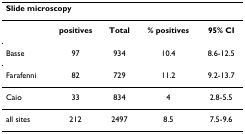
| <COLSPAN=5> Slide microscopy |
 | --- | --- | --- | --- | --- |
 |  | positives | Total | % positives | 95% CI |
 | Basse | 97 | 934 | 10.4 | 8.6-12.5 |
 | Farafenni | 82 | 729 | 11.2 | 9.2-13.7 |
 | Caio | 33 | 834 | 4 | 2.8-5.5 |
 | all sites | 212 | 2497 | 8.5 | 7.5-9.6 |